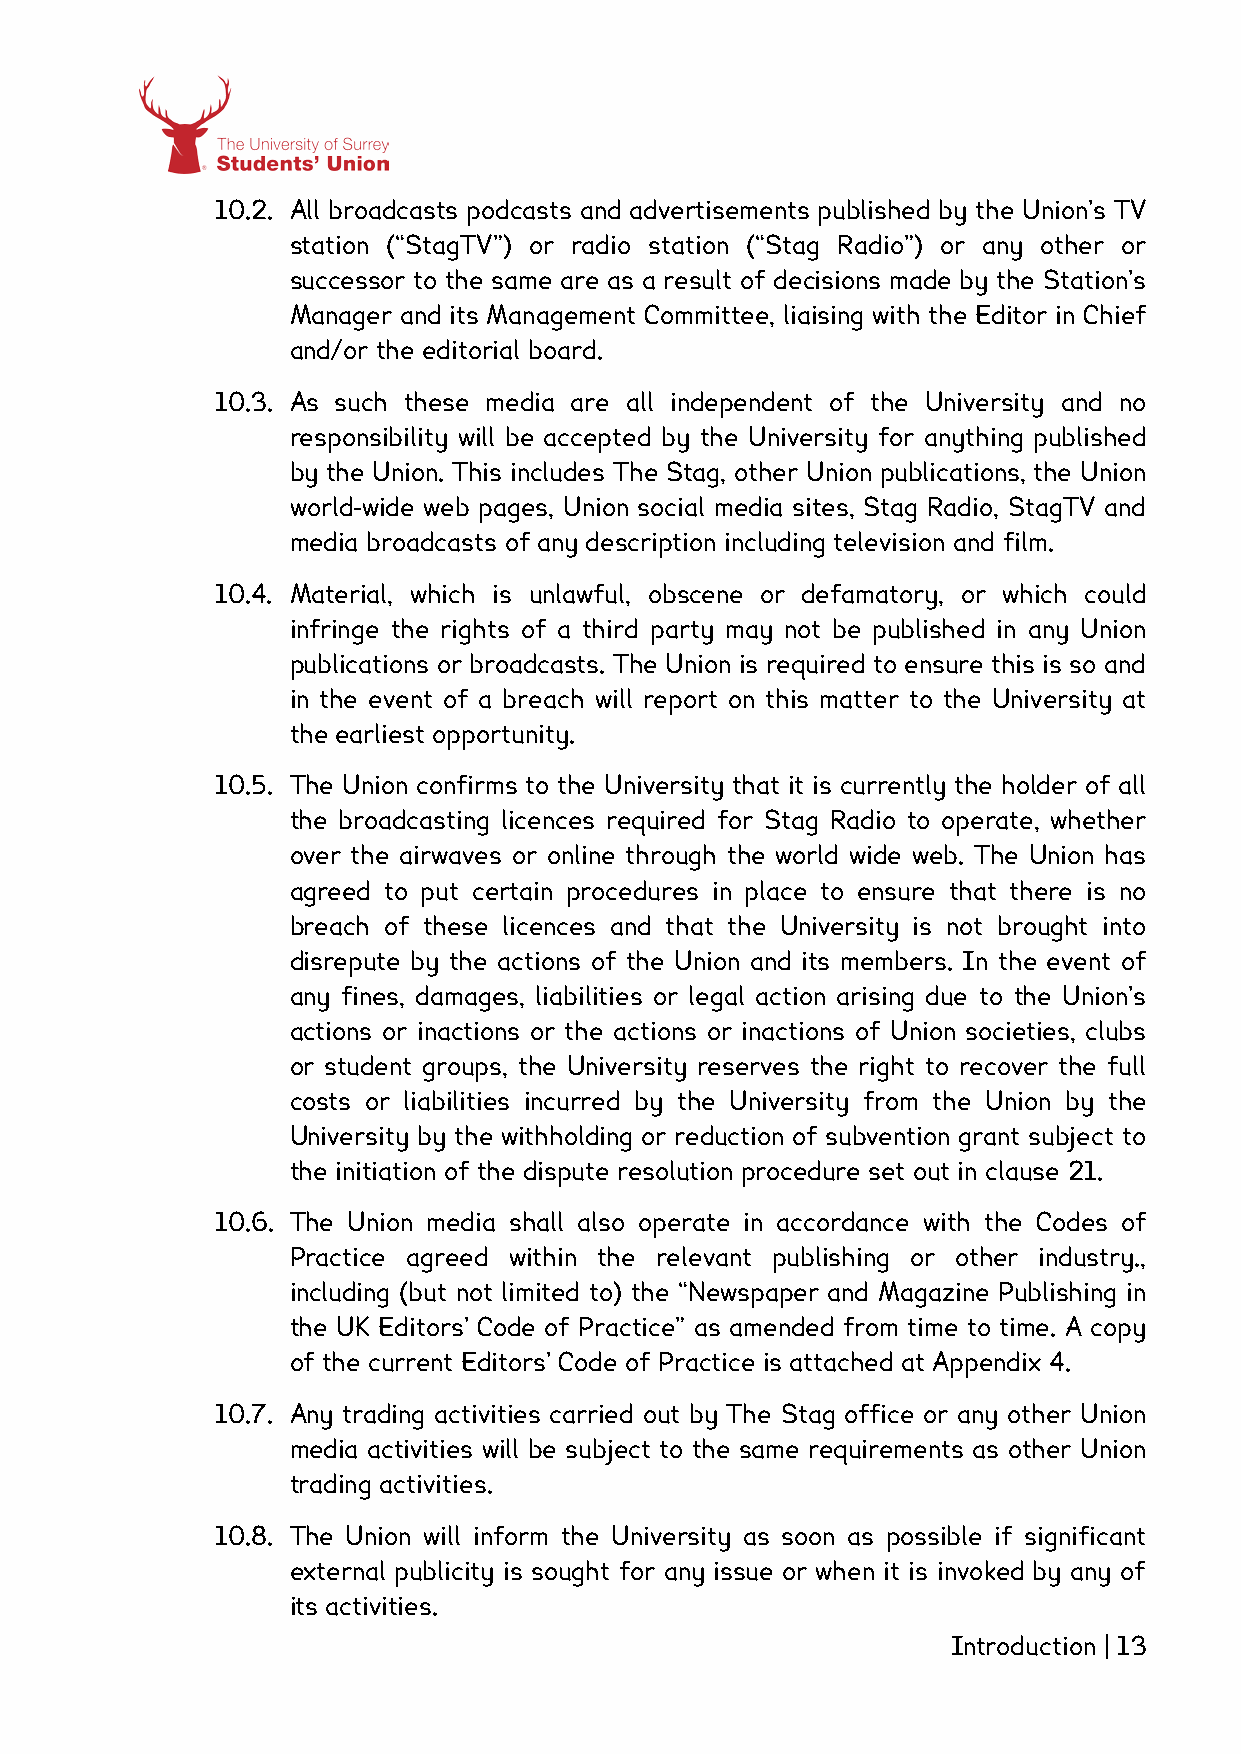
10.2. All broadcasts podcasts and advertisements published by the Union’s TV
 station (“StagTV”) or radio station (“Stag Radio”) or any other or
 successor to the same are as a result of decisions made by the Station’s
 Manager and its Management Committee, liaising with the Editor in Chief
 and/or the editorial board.
 10.3. As such these media are all independent of the University and no
 responsibility will be accepted by the University for anything published
 by the Union. This includes The Stag, other Union publications, the Union
 world-wide web pages, Union social media sites, Stag Radio, StagTV and
 media broadcasts of any description including television and film.
 10.4. Material, which is unlawful, obscene or defamatory, or which could
 infringe the rights of a third party may not be published in any Union
 publications or broadcasts. The Union is required to ensure this is so and
 in the event of a breach will report on this matter to the University at
 the earliest opportunity.
 10.5. The Union confirms to the University that it is currently the holder of all
 the broadcasting licences required for Stag Radio to operate, whether
 over the airwaves or online through the world wide web. The Union has
 agreed to put certain procedures in place to ensure that there is no
 breach of these licences and that the University is not brought into
 disrepute by the actions of the Union and its members. In the event of
 any fines, damages, liabilities or legal action arising due to the Union’s
 actions or inactions or the actions or inactions of Union societies, clubs
 or student groups, the University reserves the right to recover the full
 costs or liabilities incurred by the University from the Union by the
 University by the withholding or reduction of subvention grant subject to
 the initiation of the dispute resolution procedure set out in clause 21.
 10.6. The Union media shall also operate in accordance with the Codes of
 Practice agreed within the relevant publishing or other industry.,
 including (but not limited to) the “Newspaper and Magazine Publishing in
 the UK Editors’ Code of Practice” as amended from time to time. A copy
 of the current Editors’ Code of Practice is attached at Appendix 4.
 10.7. Any trading activities carried out by The Stag office or any other Union
 media activities will be subject to the same requirements as other Union
 trading activities.
 10.8. The Union will inform the University as soon as possible if significant
 external publicity is sought for any issue or when it is invoked by any of
 its activities.
 Introduction | 13